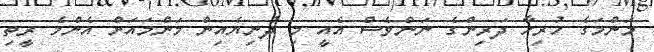
މަންމަގެ ހުރިހާ ދަރިންގެ ނަންވެސް އެއީ މި ދުނިޔެއިން މަންމައަށް އެންމެ ރީތި